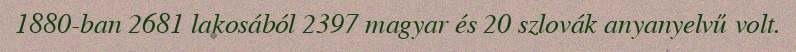
1880-ban 2681 lakosából 2397 magyar és 20 szlovák anyanyelvű volt.